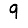
Digit: 9